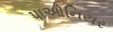
પાઓનિયર